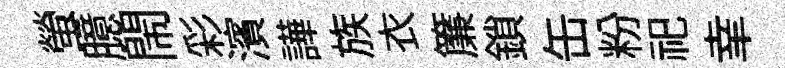
螢臆閙彩濱譁族衣簾鎖缶粉祀𦍒